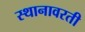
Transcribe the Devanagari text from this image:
स्थानावरती